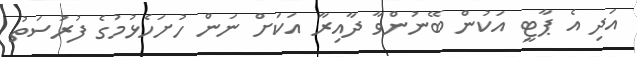
އަދި އެ ޕާޓީ އަކުން ބޭނުންވާ ދާއިރާ އަކަށް ނަން ހުށަހެޅުމުގެ ފުރުސަތު